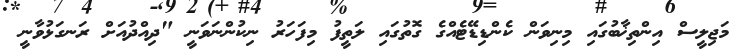
މަޖިލީސް އިންތިޚާބުގައި މިނިވަން ކެންޑިޑޭޓެއްގެ ގޮތުގައި ލަތީފު މިފަހަރު ނިކުންނަވަނީ "ދިއްދުއަށް ރަނގަޅުވާނީ